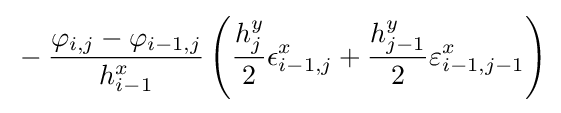
{}-{\frac {\varphi _{i,j}-\varphi _{i-1,j}}{h_{i-1}^{x}}}\left({\frac {h_{j}^{y}}{2}}\epsilon _{i-1,j}^{x}+{\frac {h_{j-1}^{y}}{2}}\varepsilon _{i-1,j-1}^{x}\right)